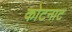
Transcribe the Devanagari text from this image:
कोटनाट